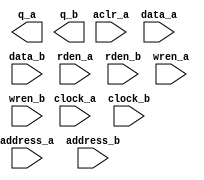
// megafunction wizard: %RAM: 2-PORT%VBB%
// GENERATION: STANDARD
// VERSION: WM1.0
// MODULE: altsyncram 

// ============================================================
// Megafunction Name(s):
// 			altsyncram
//
// Simulation Library Files(s):
// 			altera_mf
// ============================================================
// ************************************************************
// THIS IS A WIZARD-GENERATED FILE. DO NOT EDIT THIS FILE!
//
// 12.1 Build 243 01/31/2013 SP 1.33 SJ Full Version
// ************************************************************

//Copyright (C) 1991-2012 Altera Corporation
//Your use of Altera Corporation's design tools, logic functions 
//and other software and tools, and its AMPP partner logic 
//functions, and any output files from any of the foregoing 
//(including device programming or simulation files), and any 
//associated documentation or information are expressly subject 
//to the terms and conditions of the Altera Program License 
//Subscription Agreement, Altera MegaCore Function License 
//Agreement, or other applicable license agreement, including, 
//without limitation, that your use is for the sole purpose of 
//programming logic devices manufactured by Altera and sold by 
//Altera or its authorized distributors.  Please refer to the 
//applicable agreement for further details.

module dual_port_256k_ram (
	aclr_a,
	address_a,
	address_b,
	clock_a,
	clock_b,
	data_a,
	data_b,
	rden_a,
	rden_b,
	wren_a,
	wren_b,
	q_a,
	q_b);

	input	  aclr_a;
	input	[12:0]  address_a;
	input	[12:0]  address_b;
	input	  clock_a;
	input	  clock_b;
	input	[31:0]  data_a;
	input	[31:0]  data_b;
	input	  rden_a;
	input	  rden_b;
	input	  wren_a;
	input	  wren_b;
	output	[31:0]  q_a;
	output	[31:0]  q_b;
`ifndef ALTERA_RESERVED_QIS
// synopsys translate_off
`endif
	tri0	  aclr_a;
	tri1	  clock_a;
	tri1	  rden_a;
	tri1	  rden_b;
	tri0	  wren_a;
	tri0	  wren_b;
`ifndef ALTERA_RESERVED_QIS
// synopsys translate_on
`endif

endmodule

// ============================================================
// CNX file retrieval info
// ============================================================
// Retrieval info: PRIVATE: ADDRESSSTALL_A NUMERIC "0"
// Retrieval info: PRIVATE: ADDRESSSTALL_B NUMERIC "0"
// Retrieval info: PRIVATE: BYTEENA_ACLR_A NUMERIC "0"
// Retrieval info: PRIVATE: BYTEENA_ACLR_B NUMERIC "0"
// Retrieval info: PRIVATE: BYTE_ENABLE_A NUMERIC "0"
// Retrieval info: PRIVATE: BYTE_ENABLE_B NUMERIC "0"
// Retrieval info: PRIVATE: BYTE_SIZE NUMERIC "8"
// Retrieval info: PRIVATE: BlankMemory NUMERIC "1"
// Retrieval info: PRIVATE: CLOCK_ENABLE_INPUT_A NUMERIC "0"
// Retrieval info: PRIVATE: CLOCK_ENABLE_INPUT_B NUMERIC "0"
// Retrieval info: PRIVATE: CLOCK_ENABLE_OUTPUT_A NUMERIC "0"
// Retrieval info: PRIVATE: CLOCK_ENABLE_OUTPUT_B NUMERIC "0"
// Retrieval info: PRIVATE: CLRdata NUMERIC "0"
// Retrieval info: PRIVATE: CLRq NUMERIC "1"
// Retrieval info: PRIVATE: CLRrdaddress NUMERIC "0"
// Retrieval info: PRIVATE: CLRrren NUMERIC "0"
// Retrieval info: PRIVATE: CLRwraddress NUMERIC "0"
// Retrieval info: PRIVATE: CLRwren NUMERIC "0"
// Retrieval info: PRIVATE: Clock NUMERIC "5"
// Retrieval info: PRIVATE: Clock_A NUMERIC "0"
// Retrieval info: PRIVATE: Clock_B NUMERIC "0"
// Retrieval info: PRIVATE: IMPLEMENT_IN_LES NUMERIC "0"
// Retrieval info: PRIVATE: INDATA_ACLR_B NUMERIC "0"
// Retrieval info: PRIVATE: INDATA_REG_B NUMERIC "1"
// Retrieval info: PRIVATE: INIT_FILE_LAYOUT STRING "PORT_A"
// Retrieval info: PRIVATE: INIT_TO_SIM_X NUMERIC "0"
// Retrieval info: PRIVATE: INTENDED_DEVICE_FAMILY STRING "Stratix IV"
// Retrieval info: PRIVATE: JTAG_ENABLED NUMERIC "0"
// Retrieval info: PRIVATE: JTAG_ID STRING "NONE"
// Retrieval info: PRIVATE: MAXIMUM_DEPTH NUMERIC "0"
// Retrieval info: PRIVATE: MEMSIZE NUMERIC "262144"
// Retrieval info: PRIVATE: MEM_IN_BITS NUMERIC "1"
// Retrieval info: PRIVATE: MIFfilename STRING ""
// Retrieval info: PRIVATE: OPERATION_MODE NUMERIC "3"
// Retrieval info: PRIVATE: OUTDATA_ACLR_B NUMERIC "0"
// Retrieval info: PRIVATE: OUTDATA_REG_B NUMERIC "0"
// Retrieval info: PRIVATE: RAM_BLOCK_TYPE NUMERIC "0"
// Retrieval info: PRIVATE: READ_DURING_WRITE_MODE_MIXED_PORTS NUMERIC "2"
// Retrieval info: PRIVATE: READ_DURING_WRITE_MODE_PORT_A NUMERIC "3"
// Retrieval info: PRIVATE: READ_DURING_WRITE_MODE_PORT_B NUMERIC "3"
// Retrieval info: PRIVATE: REGdata NUMERIC "1"
// Retrieval info: PRIVATE: REGq NUMERIC "0"
// Retrieval info: PRIVATE: REGrdaddress NUMERIC "0"
// Retrieval info: PRIVATE: REGrren NUMERIC "1"
// Retrieval info: PRIVATE: REGwraddress NUMERIC "1"
// Retrieval info: PRIVATE: REGwren NUMERIC "1"
// Retrieval info: PRIVATE: SYNTH_WRAPPER_GEN_POSTFIX STRING "0"
// Retrieval info: PRIVATE: USE_DIFF_CLKEN NUMERIC "0"
// Retrieval info: PRIVATE: UseDPRAM NUMERIC "1"
// Retrieval info: PRIVATE: VarWidth NUMERIC "0"
// Retrieval info: PRIVATE: WIDTH_READ_A NUMERIC "32"
// Retrieval info: PRIVATE: WIDTH_READ_B NUMERIC "32"
// Retrieval info: PRIVATE: WIDTH_WRITE_A NUMERIC "32"
// Retrieval info: PRIVATE: WIDTH_WRITE_B NUMERIC "32"
// Retrieval info: PRIVATE: WRADDR_ACLR_B NUMERIC "0"
// Retrieval info: PRIVATE: WRADDR_REG_B NUMERIC "1"
// Retrieval info: PRIVATE: WRCTRL_ACLR_B NUMERIC "0"
// Retrieval info: PRIVATE: enable NUMERIC "0"
// Retrieval info: PRIVATE: rden NUMERIC "1"
// Retrieval info: LIBRARY: altera_mf altera_mf.altera_mf_components.all
// Retrieval info: CONSTANT: ADDRESS_REG_B STRING "CLOCK1"
// Retrieval info: CONSTANT: CLOCK_ENABLE_INPUT_A STRING "BYPASS"
// Retrieval info: CONSTANT: CLOCK_ENABLE_INPUT_B STRING "BYPASS"
// Retrieval info: CONSTANT: CLOCK_ENABLE_OUTPUT_A STRING "BYPASS"
// Retrieval info: CONSTANT: CLOCK_ENABLE_OUTPUT_B STRING "BYPASS"
// Retrieval info: CONSTANT: INDATA_REG_B STRING "CLOCK1"
// Retrieval info: CONSTANT: INTENDED_DEVICE_FAMILY STRING "Stratix IV"
// Retrieval info: CONSTANT: LPM_TYPE STRING "altsyncram"
// Retrieval info: CONSTANT: NUMWORDS_A NUMERIC "8192"
// Retrieval info: CONSTANT: NUMWORDS_B NUMERIC "8192"
// Retrieval info: CONSTANT: OPERATION_MODE STRING "BIDIR_DUAL_PORT"
// Retrieval info: CONSTANT: OUTDATA_ACLR_A STRING "CLEAR0"
// Retrieval info: CONSTANT: OUTDATA_ACLR_B STRING "NONE"
// Retrieval info: CONSTANT: OUTDATA_REG_A STRING "UNREGISTERED"
// Retrieval info: CONSTANT: OUTDATA_REG_B STRING "UNREGISTERED"
// Retrieval info: CONSTANT: POWER_UP_UNINITIALIZED STRING "FALSE"
// Retrieval info: CONSTANT: READ_DURING_WRITE_MODE_PORT_A STRING "NEW_DATA_NO_NBE_READ"
// Retrieval info: CONSTANT: READ_DURING_WRITE_MODE_PORT_B STRING "NEW_DATA_NO_NBE_READ"
// Retrieval info: CONSTANT: WIDTHAD_A NUMERIC "13"
// Retrieval info: CONSTANT: WIDTHAD_B NUMERIC "13"
// Retrieval info: CONSTANT: WIDTH_A NUMERIC "32"
// Retrieval info: CONSTANT: WIDTH_B NUMERIC "32"
// Retrieval info: CONSTANT: WIDTH_BYTEENA_A NUMERIC "1"
// Retrieval info: CONSTANT: WIDTH_BYTEENA_B NUMERIC "1"
// Retrieval info: CONSTANT: WRCONTROL_WRADDRESS_REG_B STRING "CLOCK1"
// Retrieval info: USED_PORT: aclr_a 0 0 0 0 INPUT GND "aclr_a"
// Retrieval info: USED_PORT: address_a 0 0 13 0 INPUT NODEFVAL "address_a[12..0]"
// Retrieval info: USED_PORT: address_b 0 0 13 0 INPUT NODEFVAL "address_b[12..0]"
// Retrieval info: USED_PORT: clock_a 0 0 0 0 INPUT VCC "clock_a"
// Retrieval info: USED_PORT: clock_b 0 0 0 0 INPUT NODEFVAL "clock_b"
// Retrieval info: USED_PORT: data_a 0 0 32 0 INPUT NODEFVAL "data_a[31..0]"
// Retrieval info: USED_PORT: data_b 0 0 32 0 INPUT NODEFVAL "data_b[31..0]"
// Retrieval info: USED_PORT: q_a 0 0 32 0 OUTPUT NODEFVAL "q_a[31..0]"
// Retrieval info: USED_PORT: q_b 0 0 32 0 OUTPUT NODEFVAL "q_b[31..0]"
// Retrieval info: USED_PORT: rden_a 0 0 0 0 INPUT VCC "rden_a"
// Retrieval info: USED_PORT: rden_b 0 0 0 0 INPUT VCC "rden_b"
// Retrieval info: USED_PORT: wren_a 0 0 0 0 INPUT GND "wren_a"
// Retrieval info: USED_PORT: wren_b 0 0 0 0 INPUT GND "wren_b"
// Retrieval info: CONNECT: @aclr0 0 0 0 0 aclr_a 0 0 0 0
// Retrieval info: CONNECT: @address_a 0 0 13 0 address_a 0 0 13 0
// Retrieval info: CONNECT: @address_b 0 0 13 0 address_b 0 0 13 0
// Retrieval info: CONNECT: @clock0 0 0 0 0 clock_a 0 0 0 0
// Retrieval info: CONNECT: @clock1 0 0 0 0 clock_b 0 0 0 0
// Retrieval info: CONNECT: @data_a 0 0 32 0 data_a 0 0 32 0
// Retrieval info: CONNECT: @data_b 0 0 32 0 data_b 0 0 32 0
// Retrieval info: CONNECT: @rden_a 0 0 0 0 rden_a 0 0 0 0
// Retrieval info: CONNECT: @rden_b 0 0 0 0 rden_b 0 0 0 0
// Retrieval info: CONNECT: @wren_a 0 0 0 0 wren_a 0 0 0 0
// Retrieval info: CONNECT: @wren_b 0 0 0 0 wren_b 0 0 0 0
// Retrieval info: CONNECT: q_a 0 0 32 0 @q_a 0 0 32 0
// Retrieval info: CONNECT: q_b 0 0 32 0 @q_b 0 0 32 0
// Retrieval info: GEN_FILE: TYPE_NORMAL dual_port_256k_ram.v TRUE
// Retrieval info: GEN_FILE: TYPE_NORMAL dual_port_256k_ram.inc FALSE
// Retrieval info: GEN_FILE: TYPE_NORMAL dual_port_256k_ram.cmp FALSE
// Retrieval info: GEN_FILE: TYPE_NORMAL dual_port_256k_ram.bsf FALSE
// Retrieval info: GEN_FILE: TYPE_NORMAL dual_port_256k_ram_inst.v FALSE
// Retrieval info: GEN_FILE: TYPE_NORMAL dual_port_256k_ram_bb.v TRUE
// Retrieval info: LIB_FILE: altera_mf